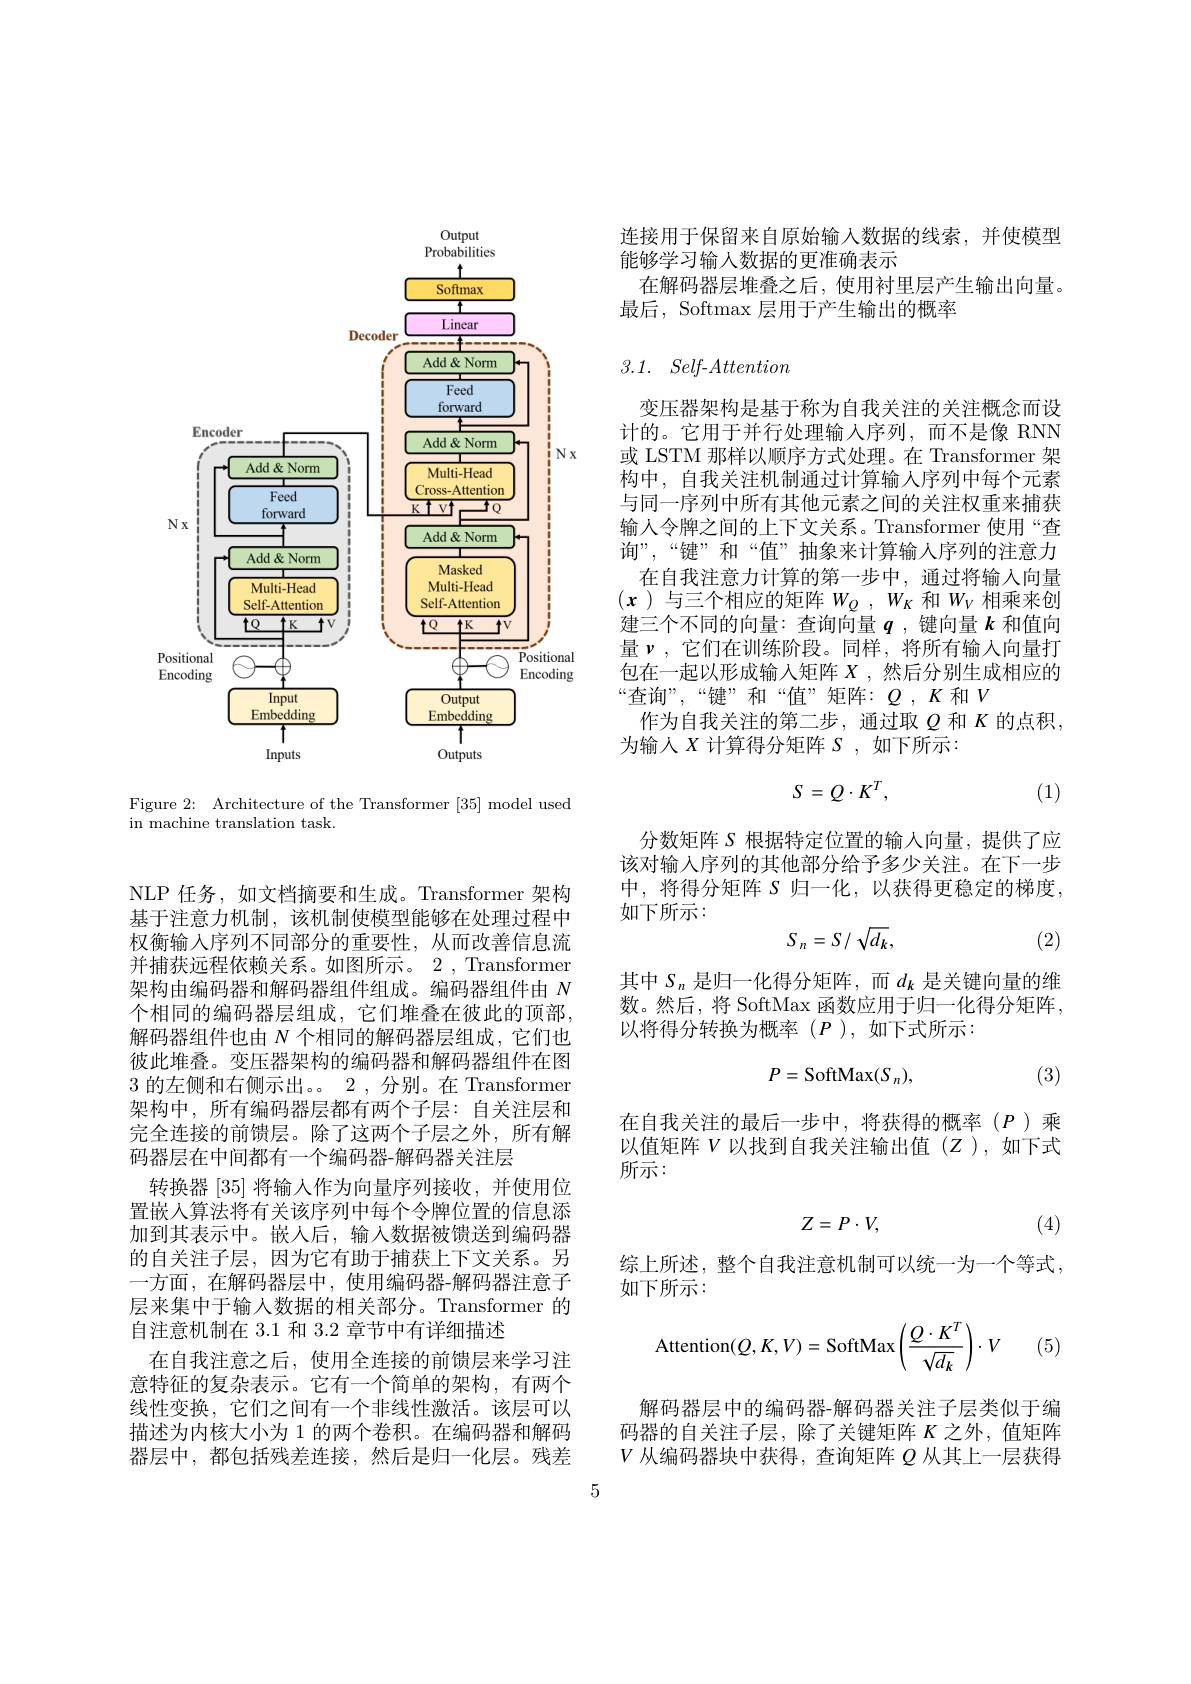
<FigureHere>

Figure 2: Architecture of the Transformer [35] model used
in machine translation task.

NLP 任务，如文档摘要和生成。Transformer 架构基于注意力机制，该机制使模型能够在处理过程中权衡输入序列不同部分的重要性，从而改善信息流并捕获远程依赖关系。如图所示。2 , Transformer 架构由编码器和解码器组件组成。编码器组件由$N$ 个相同的编码器层组成，它们堆叠在彼此的顶部， 解码器组件也由$N$个相同的解码器层组成，它们也彼此堆叠。变压器架构的编码器和解码器组件在图3 的左侧和右侧示出。。2,分别。在 Transformer 架构中，所有编码器层都有两个子层：自关注层和完全连接的前馈层。除了这两个子层之外，所有解码器层在中间都有一个编码器-解码器关注层
转换器[35]将输入作为向量序列接收，并使用位置嵌入算法将有关该序列中每个令牌位置的信息添加到其表示中。嵌人后，输入数据被馈送到编码器的自关注子层，因为它有助于捕获上下文关系。另一方面，在解码器层中，使用编码器-解码器注意子层来集中于输人数据的相关部分。Transformer 的自注意机制在 3.1 和 3.2 章节中有详细描述
在自我注意之后，使用全连接的前馈层来学习注意特征的复杂表示。它有一个简单的架构，有两个线性变换，它们之间有一个非线性激活。该层可以描述为内核大小为 1 的两个卷积。在编码器和解码器层中，都包括残差连接，然后是归一化层。残差

5

连接用于保留来自原始输入数据的线索，并使模型
能够学习输人数据的更准确表示
在解码器层堆叠之后，使用衬里层产生输出向量。
最后，Softmax 层用于产生输出的概率

## 3.1. $Self- Attention$

变压器架构是基于称为自我关注的关注概念而设计的。它用于并行处理输入序列，而不是像 RNN 或 LSTM 那样以顺序方式处理。在 Transformer 架构中，自我关注机制通过计算输入序列中每个元素与同一序列中所有其他元素之间的关注权重来捕获输入令牌之间的上下文关系。Transformer 使用“查询”,“键”和“值”抽象来计算输人序列的注意力
在自我注意力计算的第一步中，通过将输入向量$(x$)与三个相应的矩阵$W_Q,W_K$ 和$W_V$相乘来创建三个不同的向量：查询向量$q$ ,键向量$k$和值向量$\nu$,它们在训练阶段。同样，将所有输入向量打包在一起以形成输入矩阵$X$ ,然后分别生成相应的“查询”,“键”和“值”矩阵：$Q,K$ 和$V$
作为自我关注的第二步，通过取$\varrho$和$K$的点积，
为输入$X$计算得分矩阵$S$,如下所示：
$$S\:=\:Q\cdot K^T,$$
(1)

分数矩阵 S 根据特定位置的输入向量，提供了应该对输入序列的其他部分给予多少关注。在下一步中，将得分矩阵$S$归一化，以获得更稳定的梯度， 如下所示：
$$S_{n}=S/\sqrt{d_{k}},$$
(2)

其中$S_n$是归一化得分矩阵，而$d_k$是关键向量的维数。然后，将 SoftMax 函数应用于归一化得分矩阵， 以将得分转换为概率(P),如下式所示：
$$P=\mathrm{SoftMax}(S_n),$$
(3)

在自我关注的最后一步中，将获得的概率(P)乘以值矩阵$V$以找到自我关注输出值(Z),如下式所示：
$$Z=P\cdot V,$$
(4)

综上所述，整个自我注意机制可以统一为一个等式，
如下所示：
$$\text{Attention}(Q,K,V)=\text{SoftMax}\left(\frac{Q\cdot K^T}{\sqrt{d_k}}\right)\cdot V$$
(5)

解码器层中的编码器-解码器关注子层类似于编码器的自关注子层，除了关键矩阵$\kappa$之外，值矩阵$V$从编码器块中获得，查询矩阵$\varrho$从其上一层获得